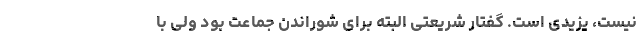
نیست، یزیدی است. گفتار شریعتی البته برای شوراندن جماعت بود ولی با